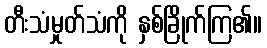
တီးသံမှုတ်သံကို နှစ်ခြိုက်ကြ၏။